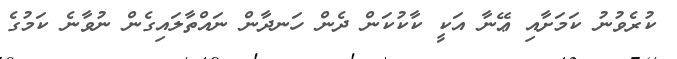
ކުރެވުނު ކަމަށާއި ޢޭނާ އަކީ ކާކުކަން ދެން ހަނދާން ނައްތާލައިގެން ނުވާނެ ކަމުގެ